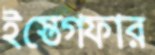
ইস্তেগফার